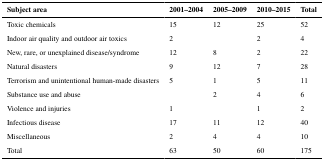
<table><thead><tr><td><b>Subject area</b></td><td><b>2001–2004</b></td><td><b>2005–2009</b></td><td><b>2010–2015</b></td><td><b>Total</b></td></tr></thead><tbody><tr><td>Toxic chemicals</td><td>15</td><td>12</td><td>25</td><td>52</td></tr><tr><td>Indoor air quality and outdoor air toxics</td><td>2</td><td></td><td>2</td><td>4</td></tr><tr><td>New, rare, or unexplained disease/syndrome</td><td>12</td><td>8</td><td>2</td><td>22</td></tr><tr><td>Natural disasters</td><td>9</td><td>12</td><td>7</td><td>28</td></tr><tr><td>Terrorism and unintentional human-made disasters</td><td>5</td><td>1</td><td>5</td><td>11</td></tr><tr><td>Substance use and abuse</td><td></td><td>2</td><td>4</td><td>6</td></tr><tr><td>Violence and injuries</td><td>1</td><td></td><td>1</td><td>2</td></tr><tr><td>Infectious disease</td><td>17</td><td>11</td><td>12</td><td>40</td></tr><tr><td>Miscellaneous</td><td>2</td><td>4</td><td>4</td><td>10</td></tr><tr><td>Total</td><td>63</td><td>50</td><td>60</td><td>175</td></tr></tbody></table>